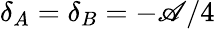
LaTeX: \delta_{A}=\delta_{B}=-\mathscr{A}/4